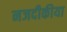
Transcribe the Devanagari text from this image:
नजदीकीया